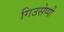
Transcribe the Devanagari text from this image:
गिउसेप्पी